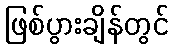
ဖြစ်ပွားချိန်တွင်